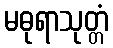
မဓုရာသုတ္တံ